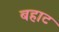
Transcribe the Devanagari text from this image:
बहाट